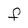
Character: F